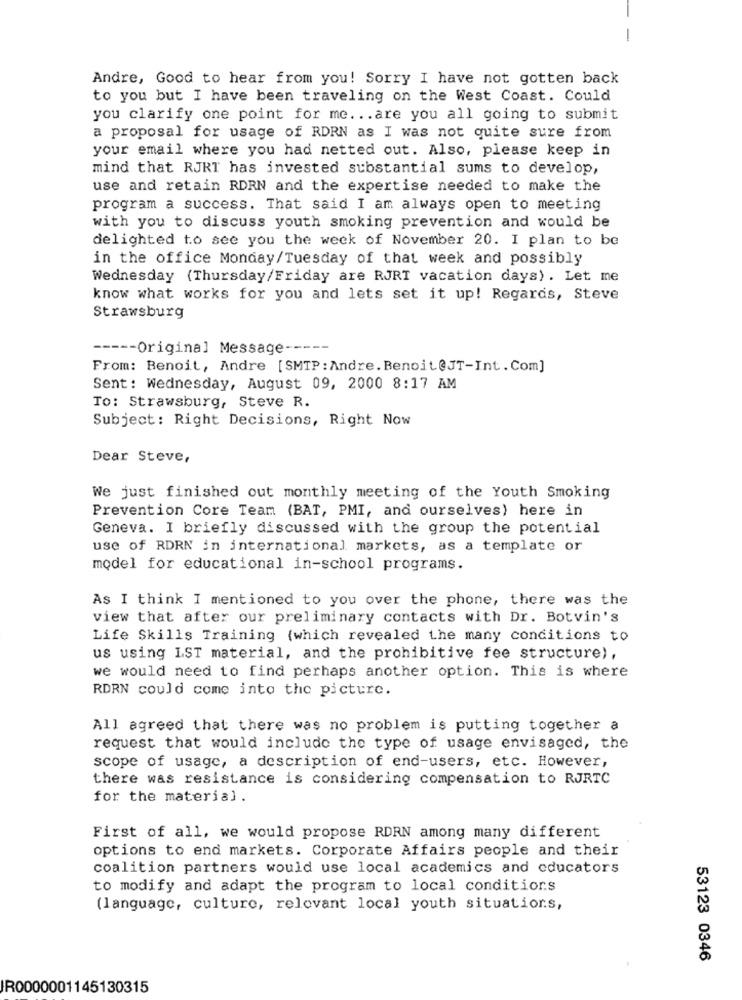
Andre, Good to hear from you! Sorry I have not gotten back
to you but I have been traveling on the West Coast. Could
you clarify one point for me ... are you all going to submit
a proposal for usage of RDRN as I was not quite sure from
your email where you had netted out. Also, please keep in
mind that RJRT has invested substantial sums to develop,
use and retain RDRN and the expertise needed to make the
program a success. That said I am always open to meeting
with you to discuss youth smoking prevention and would be
delighted to see you the week of November 20. I plan to be
in the office Monday/Tuesday of that week and possibly
Wednesday (Thursday/Friday are RJRT vacation days) . Let me
know what works for you and lets set it up! Regards, Steve
Strawsburg
----- Original Message -----
From: Benoit, Andre [SMTP: Andre. Benoit@JT-Int. Com]
Sent: Wednesday, August 09, 2000 8:17 AM
To: Strawsburg, Steve R.
Subject: Right Decisions, Right Now
Dear Steve,
We just finished out monthly meeting of the Youth Smoking
Prevention Core Team (BAT, PMI, and ourselves) here in
Geneva. I briefly discussed with the group the potential
use of RDRN in international markets, as a template or
model for educational in-school programs.
As I think I mentioned to you over the phone, there was the
view that after our preliminary contacts with Dr. Botvin's
Life Skills Training (which revealed the many conditions to
us using LST material, and the prohibitive fee structure),
we would need to find perhaps another option. This is where
RDRN could come into the picture.
All agreed that there was no problem is putting together a
request that would include the type of usage envisaged, the
scope of usage, a description of end-users, etc. However,
there was resistance is considering compensation to RJRTC
for the material .
First of all, we would propose RDRN among many different
options to end markets. Corporate Affairs people and their
coalition partners would use local academics and educators
to modify and adapt the program to local conditions
(language, culture, relevant local youth situations,
53123 0346
IR0000001145130315